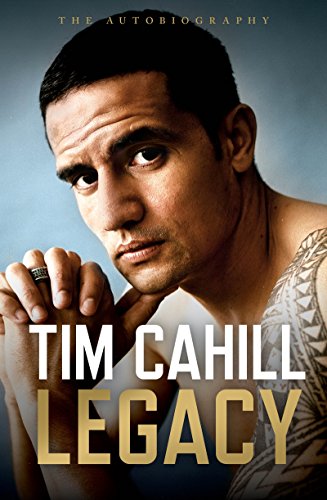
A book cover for Legacy; Tim Cahill; Biographies & Memoirs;